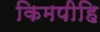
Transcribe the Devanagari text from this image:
किमपीहि